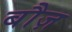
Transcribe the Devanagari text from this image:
बौज़